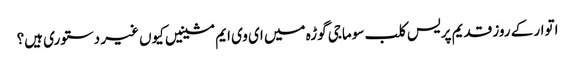
اتوار کے روز قدیم پریس کلب سوماجی گوڑہ میں ای وی ایم مشینیں کیوں غیر دستوری ہیں؟